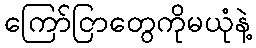
ကြော်ငြာတွေကိုမယုံနဲ့